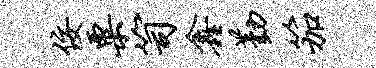
佞粟笥鑫勤笳